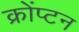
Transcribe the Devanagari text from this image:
क्रोंप्टन